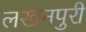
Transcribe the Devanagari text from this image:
लखनपुरी